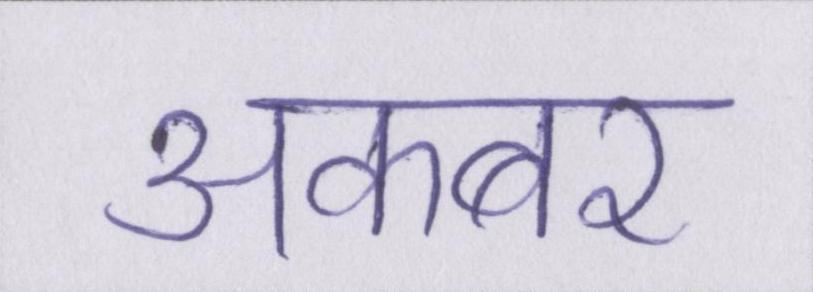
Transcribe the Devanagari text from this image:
अकबर